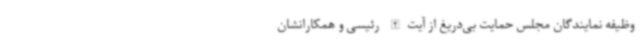
وظیفه نمایندگان مجلس حمایت بی‌دریغ از آیت‌الله رئیسی و همکارانشان